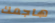
هاجمك